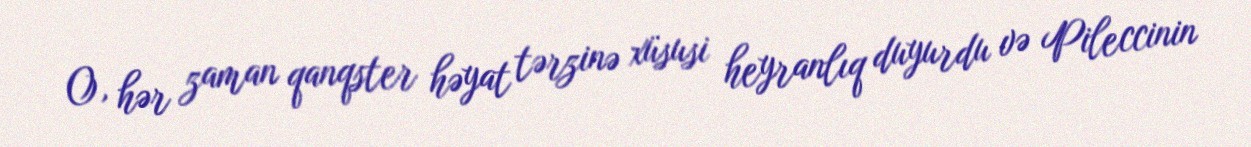
O, hər zaman qanqster həyat tərzinə xüsusi heyranlıq duyurdu və Pileccinin